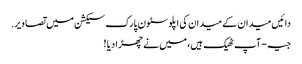
دائیں میدان کے میدان کی اپلوسٹون پارک سیکشن میں تصاویر.
جیہ - آپ ٹھیک ہیں، میں نے چھڑا دیا !